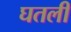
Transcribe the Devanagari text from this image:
घतली